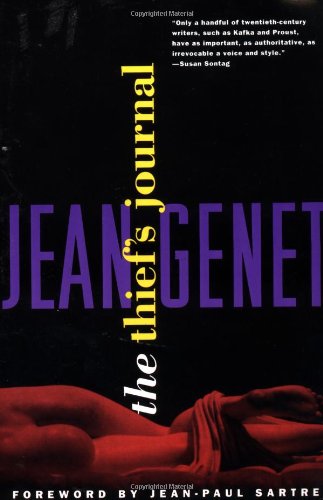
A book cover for The Thief's Journal; Jean Genet; Literature & Fiction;